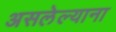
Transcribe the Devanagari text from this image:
असलेल्याना